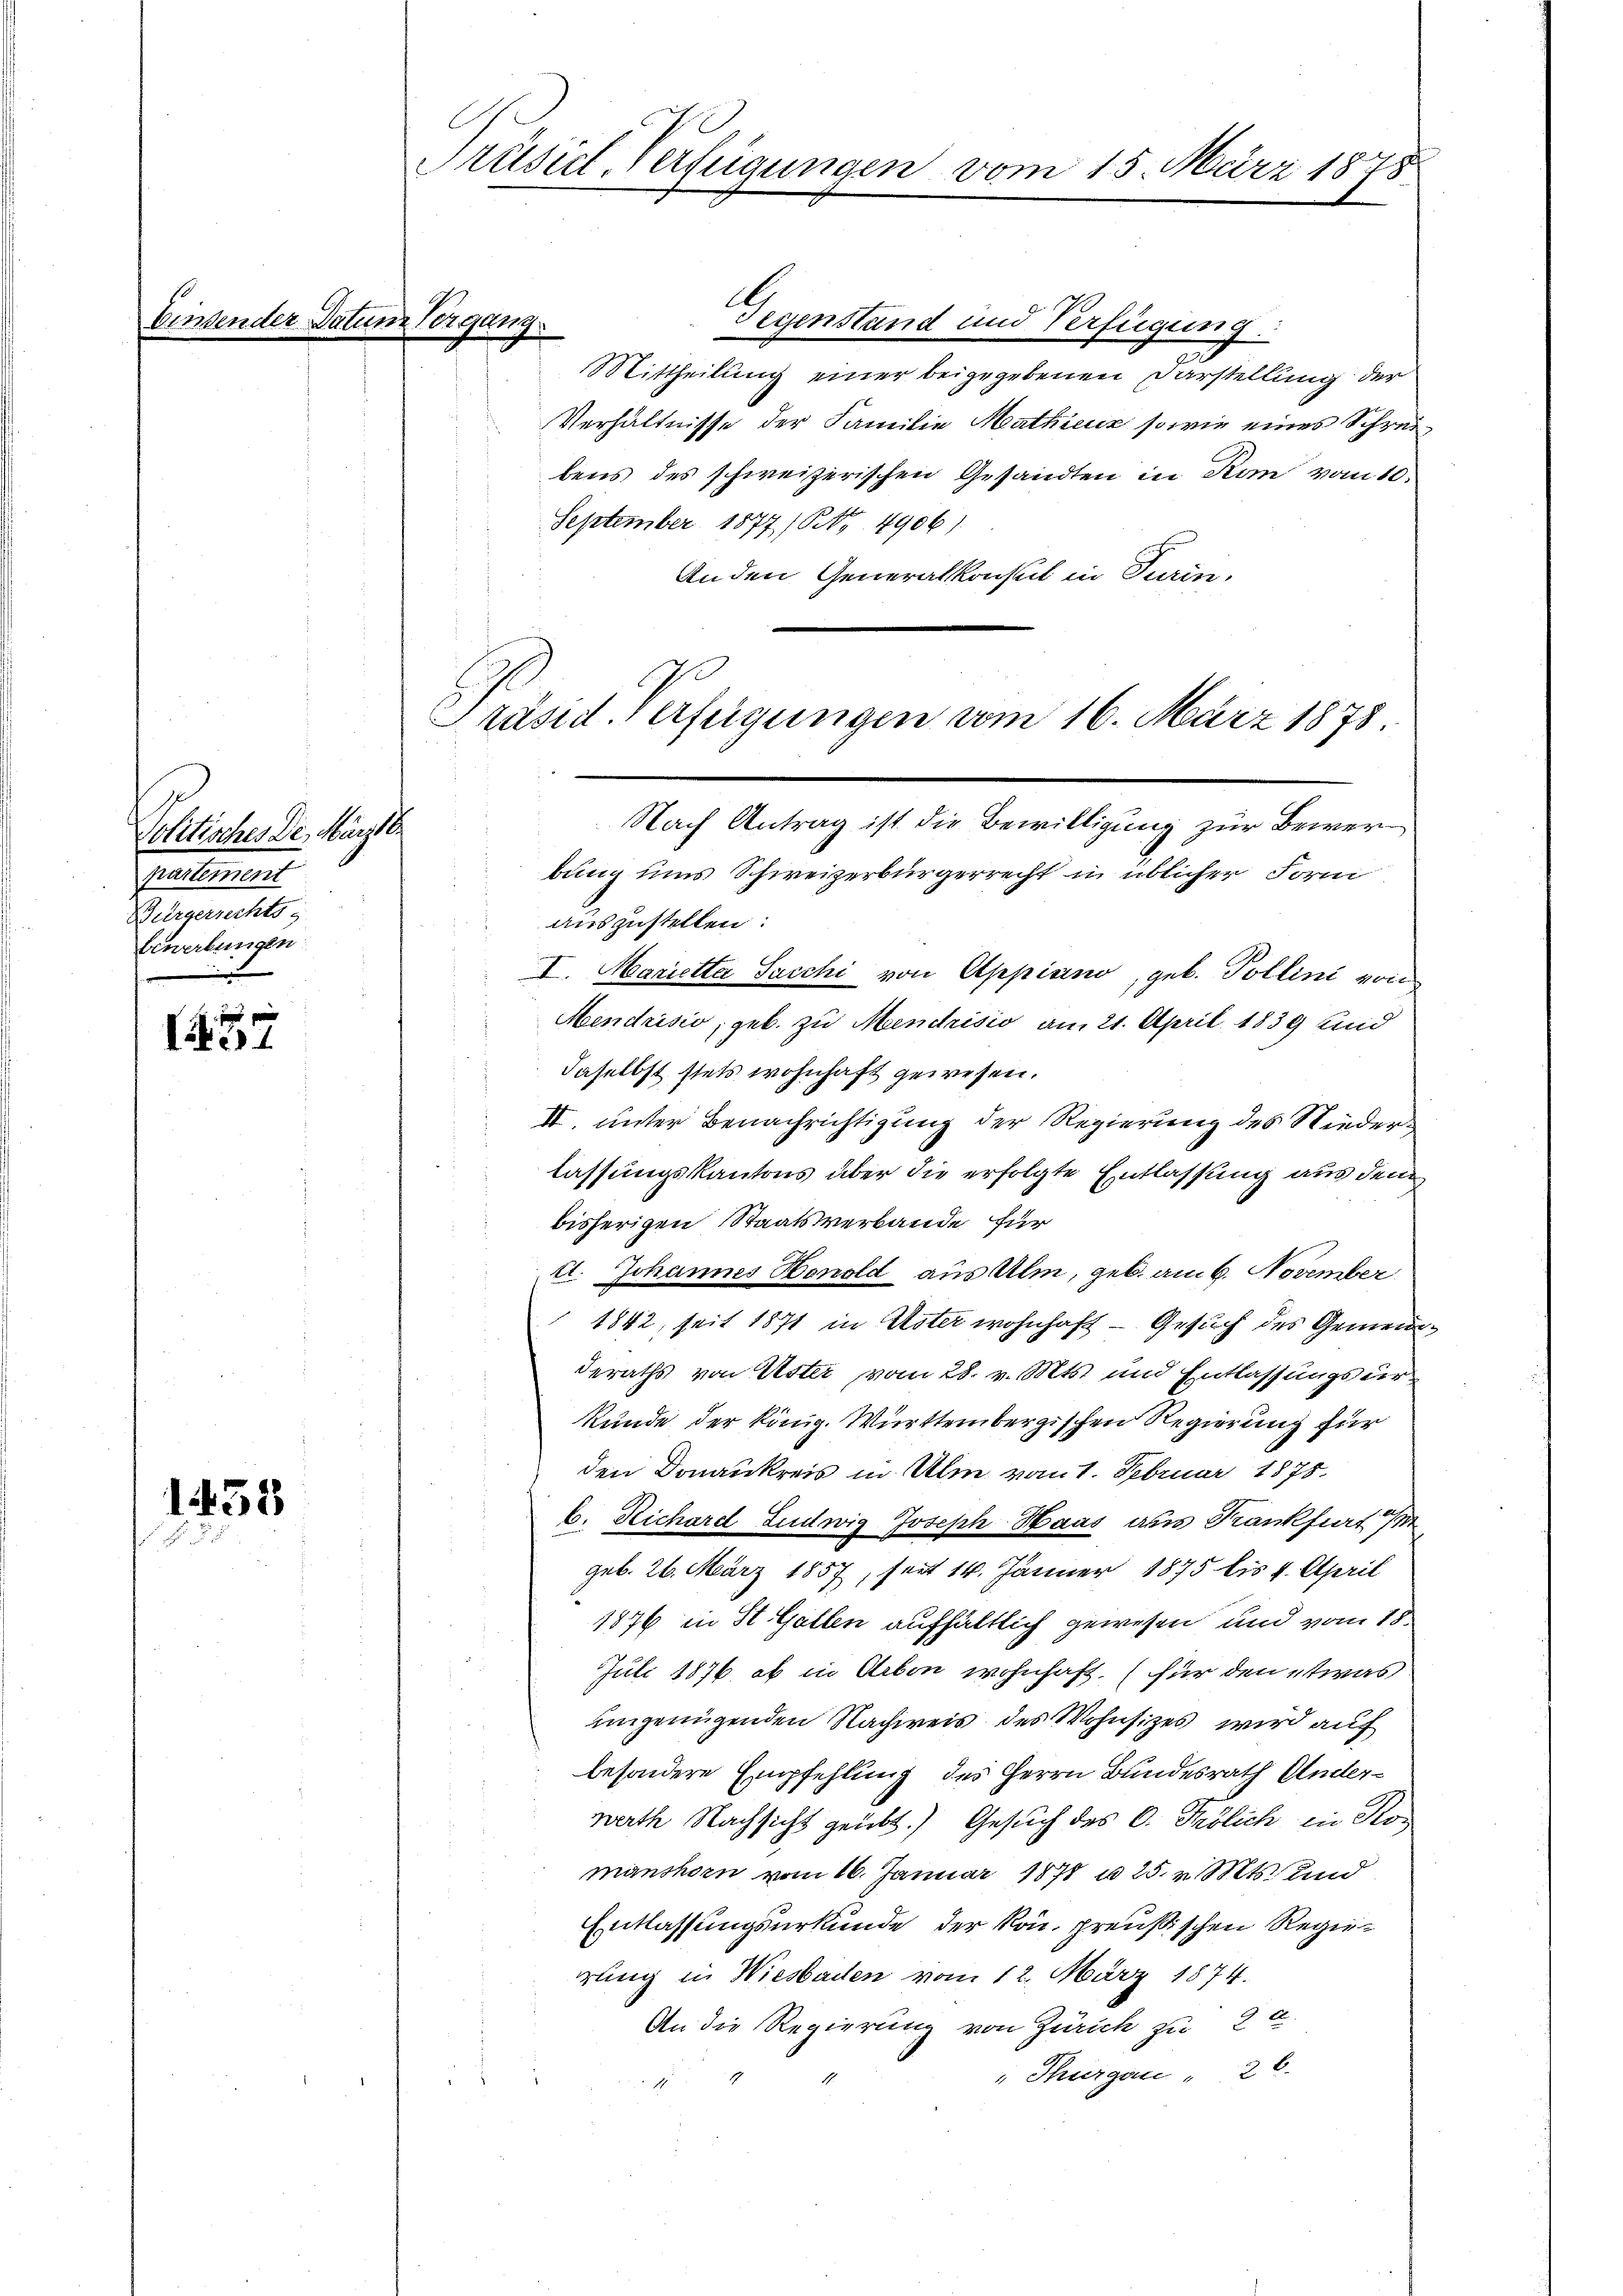
e

Politisches Den März be
ralement
Bürgerrechts
bewerbungen

1257

1438

sender Datum Vergang

E
Prüsict-Verfügungen vom 15. März 1878

Gegenstand und Verfügung.
Mittheilung einer beigegebenen Darstellung der
Verhältnisse der Familie Mathienz sowie eines Schreibens des schweizerischen Gesandten in Rom vom 10.
September 1877/ S. 4906)
Anden Generalkonsul in Turin.

Präsid. Verfügungen vom 16. März 1878
Nach Antrag ist die Bewilligung zur Bewer¬

bung uns Schweizerbürgerrecht in üblicher Form
auszustellen:
I. Marietta Sacchi von Appiano, geb. Pollini von
Mendrisio, geb. zu Mendrisio am 21. April 1839 und
daselbst stets wohnhaft gewesen.
 II. unter Benachrichtigung der Regierung des Niederlassungskantons über die erfolgte Entlassung aus dem
bisherigen Staatsverbande für
d. Johannes Honold aus Ulm, geb. am 6. November
1842, seit 1871 in Uster wohnhaft — Gesuch des Gemeindderaths von Uster vom 28. v. Mts. und Entlassungsurkunde der König. Württembergischen Regierung für
den Donaukreis in Ulm vom 1. Februar 1878.
b. Richard Ludwig Joseph Haas aus Kankfiert
geb. 26. März 1857, seit 14. Jänner 1875 bis 4. April
1876 in St. Gallen aufhältlich gewesen und vom 18.
Juli 1876, ob in Arbon wohnhaft, (für den etwas
ungenügenden Nachweis des Wohnsizes wird auf
besondere Empfehlung des Herrn Bundesrath Anderwerth Nachsicht geübt.) Gesuch des C. Frölich in Romanshorn vom 16. Januar 1871 u 25. v. Mts. und
Entlassungsurkunde der kon, preußischen Regierrung in Wiesbaden vom 12. März 1874.
An die Regierung von Zürich zu 2 l.
" Thurgau " 26.
11